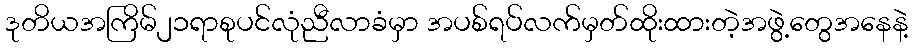
ဒုတိယအကြိမ်၂၁ရာစုပင်လုံညီလာခံမှာ အပစ်ရပ်လက်မှတ်ထိုးထားတဲ့အဖွဲ့တွေအနေနဲ့